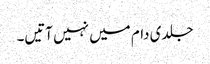
جلدی دام میں نہیں آتیں۔